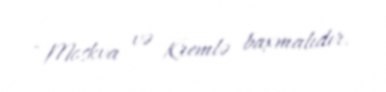
- Moskva və Kremlə baxmalıdır.